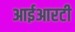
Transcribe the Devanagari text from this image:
आईआरटी